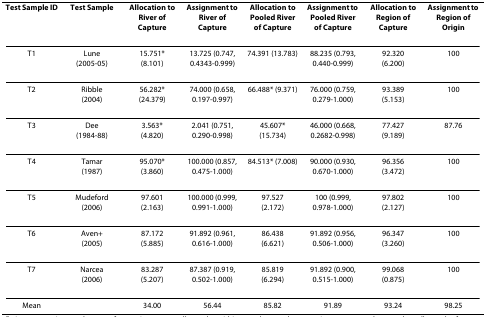
| Test Sample ID | Test Sample | Allocation to River of Capture | Assignment to River of Capture | Allocation to Pooled River of Capture | Assignment to Pooled River of Capture | Allocation to Region of Capture | Assignment to Region of Origin |
 | --- | --- | --- | --- | --- | --- | --- | --- |
 | T1 | Lune(2005-05) | 15.751*(8.101) | 13.725 (0.747, 0.4343-0.999) | 74.391 (13.783) | 88.235 (0.793, 0.440-0.999) | 92.320(6.200) | 100 |
 | T2 | Ribble(2004) | 56.282* (24.379) | 74.000 (0.658, 0.197-0.997) | 66.488* (9.371) | 76.000 (0.759, 0.279-1.000) | 93.389(5.153) | 100 |
 | T3 | Dee(1984-88) | 3.563*(4.820) | 2.041 (0.751, 0.290-0.998) | 45.607* (15.734) | 46.000 (0.668, 0.2682-0.998) | 77.427(9.189) | 87.76 |
 | T4 | Tamar(1987) | 95.070*(3.860) | 100.000 (0.857, 0.475-1.000) | 84.513* (7.008) | 90.000 (0.930, 0.670-1.000) | 96.356(3.472) | 100 |
 | T5 | Mudeford(2006) | 97.601(2.163) | 100.000 (0.999, 0.991-1.000) | 97.527(2.172) | 100 (0.999, 0.978-1.000) | 97.802(2.127) | 100 |
 | T6 | Aven+(2005) | 87.172(5.885) | 91.892 (0.961, 0.616-1.000) | 86.438(6.621) | 91.892 (0.956, 0.506-1.000) | 96.347(3.260) | 100 |
 | T7 | Narcea(2006) | 83.287(5.207) | 87.387 (0.919, 0.502-1.000) | 85.819(6.294) | 91.892 (0.900, 0.515-1.000) | 99.068(0.875) | 100 |
 | Mean |  | 34.00 | 56.44 | 85.82 | 91.89 | 93.24 | 98.25 |